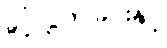
ခွင့်လွှတ်ခြင်းနှင့်